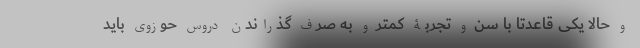
و حالا یکی قاعدتا با سن و تجربۀ کمتر و به صرف گذراندن دروس حوزوی باید